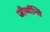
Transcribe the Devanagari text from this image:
जीर्य्यन्ति